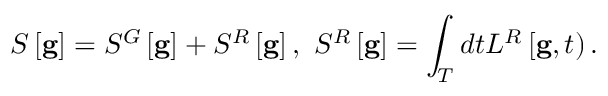
{ } S \left[ { \bf g } \right] = S ^ { G } \left[ { \bf g } \right] + S ^ { R } \left[ { \bf g } \right] , \ S ^ { R } \left[ { \bf g } \right] = \int _ { \cal T } d t L ^ { R } \left[ { \bf g } , t \right) .